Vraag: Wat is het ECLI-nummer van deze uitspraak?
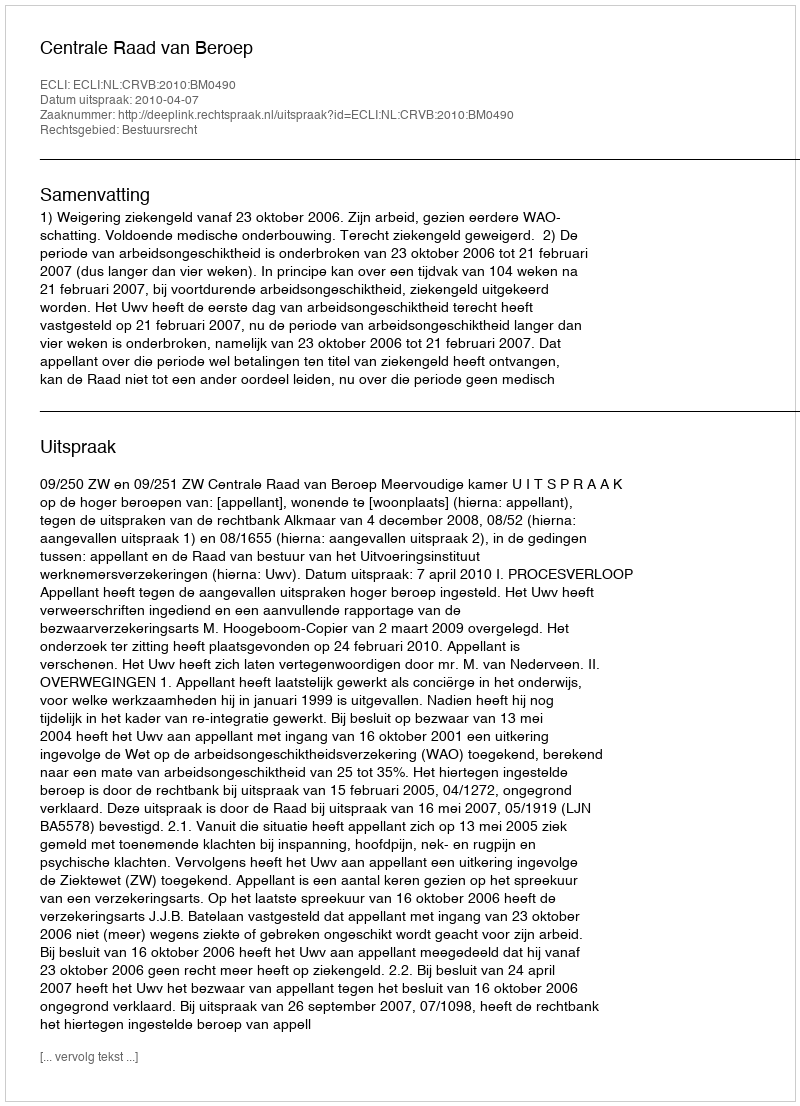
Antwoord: ECLI:NL:CRVB:2010:BM0490